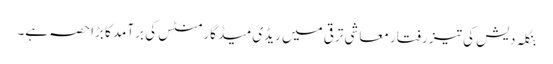
بنگلہ دیش کی تیز رفتار معاشی ترقی میں ریڈی میڈ گارمنٹس کی برآمد کا بڑا حصہ ہے۔